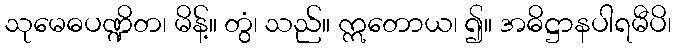
သုမေဓပဏ္ဍိတ၊ မိန့်။ တွံ၊ သည်။ ဣတောယ၊ ၍။ အဓိဋ္ဌာနပါရမီပိ၊